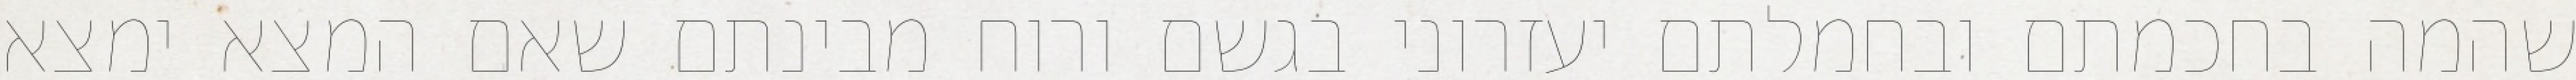
שהמה בחכמתם ובחמלתם יעזרוני בגשם ורוח מבינתם שאם המצא ימצא